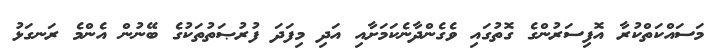
މަސައްކަތްކުރާ އޮފިސަރުންގެ ގޮތުގައި ވެގެންދާނެކަމަށާއި އަދި މިފަދަ ފުރުޞަތުތަކުގެ ބޭނުން އެންމެ ރަނގަޅު